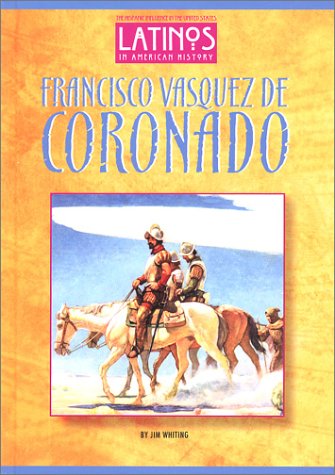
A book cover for Francisco Vasquez De Coronado (Latinos in American History); Jim Whiting; Biographies & Memoirs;